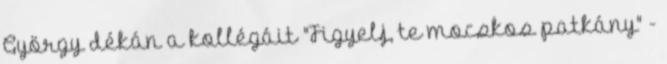
György dékán a kollégáit "Figyelj, te mocskos patkány" -